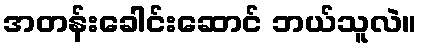
အတန်းခေါင်းဆောင် ဘယ်သူလဲ။